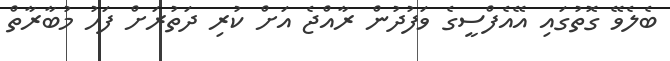
ބެލެވޭ ގޮތުގައި އޭއެފްސީގެ ވަފުދުން ރާއްޖެ އަށް ކުރި ދަތުރަށް ފަހު މުބާރާތް